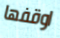
اوقفها